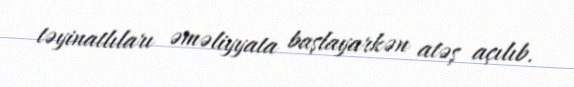
təyinatlıları əməliyyata başlayarkən atəş açılıb.